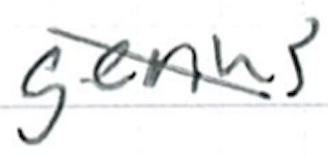
Text: genus
Cross-out: diagonal
Writing tool: ballpoint